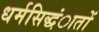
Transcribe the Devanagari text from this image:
धर्मसिद्धंातों